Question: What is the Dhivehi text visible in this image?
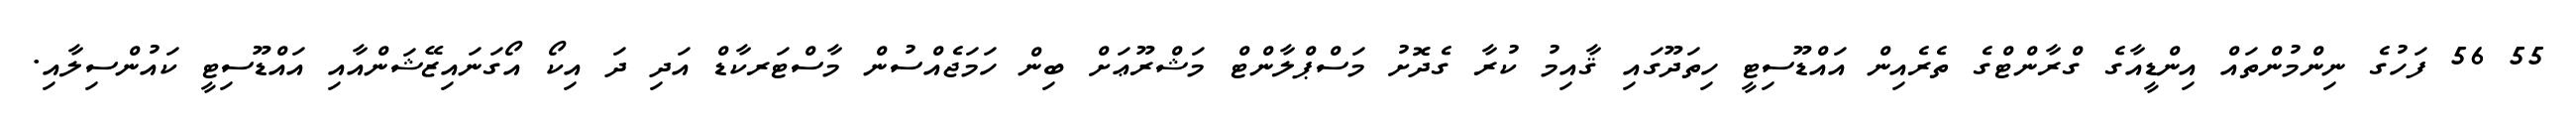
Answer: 55 56 ފަހުގެ ނިންމުންތައް އިންޑީއާގެ ގްރާންޓްގެ ތެރެއިން އައްޑޫސިޓީ ހިތަދޫގައި ޤާއިމު ކުރާ ގެދޮށު މަސްޕްލާންޓް މަޝްރޫޢަށް ބިން ހަމަޖެއްސުން މާސްޓަރކާޑް އަދި ދަ އިކޯ އޯގަނައިޒޭޝަންއާއި އައްޑޫސިޓީ ކައުންސިލާއި.